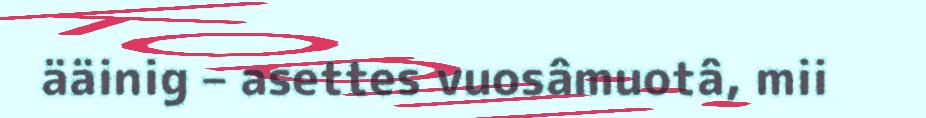
ääinig – asettes vuosâmuotâ, mii